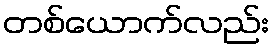
တစ်ယောက်လည်း